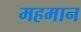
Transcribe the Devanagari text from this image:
महमान